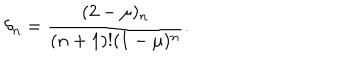
LaTeX: \delta _ { n } = \frac { ( 2 - \mu ) _ { n } } { ( n + 1 ) ! ( 1 - \mu ) ^ { n } } .